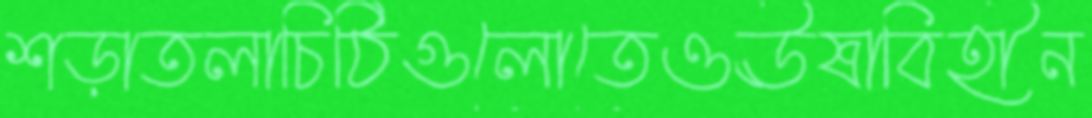
শড়াতলাচিঠিগুলোতেওঊষাবিহীন